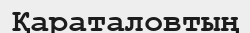
Қараталовтың